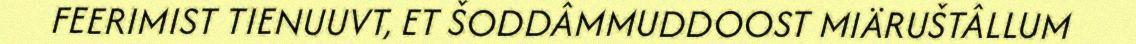
FEERIMIST TIENUUVT, ET ŠODDÂMMUDDOOST MIÄRUŠTÂLLUM